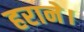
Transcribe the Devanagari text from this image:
हराने।